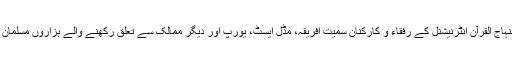
اجتماع میں منہاج القرآن انٹرنیشنل کے رفقاء و کارکنان سمیت افریقہ، مڈل ایسٹ، یورپ اور دیگر ممالک سے تعلق رکھنے والے ہزاروں مسلمان شریک تھے۔